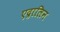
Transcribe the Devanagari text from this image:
एद्रालिन